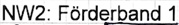
Text: NW2: Förderband 1